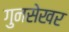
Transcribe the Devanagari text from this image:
गुनसेखर